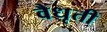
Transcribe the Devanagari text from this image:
वैधृती